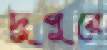
দুপুরে